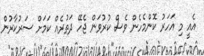
އެއީ މި އަހަރު ކޮންމެހެން ވެސް ކުރުވަން ޖެހޭ ދަތުރެއް ކަމަށް ސަރުކާރުން